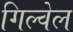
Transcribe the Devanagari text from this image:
गिल्वेल